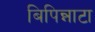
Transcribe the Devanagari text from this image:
बिपिन्नाटा